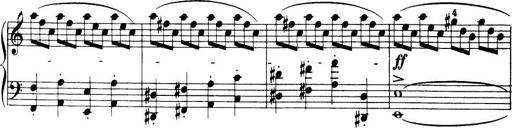
Title: 32 Sonatinas and Rondos for the Piano
Composer: Richard Kleinmichel